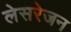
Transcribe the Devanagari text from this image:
लेसरेजन